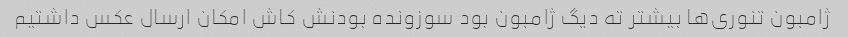
ژامبون تنوری‌ها بیشتر ته دیگ ژامبون بود سوزونده بودنش کاش امکان ارسال عکس داشتیم